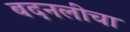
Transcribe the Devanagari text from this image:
बदनलीचा